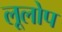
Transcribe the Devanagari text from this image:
लूलोप